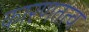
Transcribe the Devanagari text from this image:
कारणतत्व